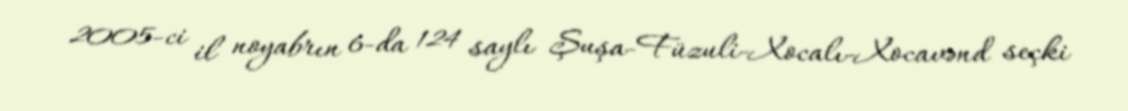
2005-ci il noyabrın 6-da 124 saylı Şuşa-Füzuli-Xocalı-Xocavənd seçki